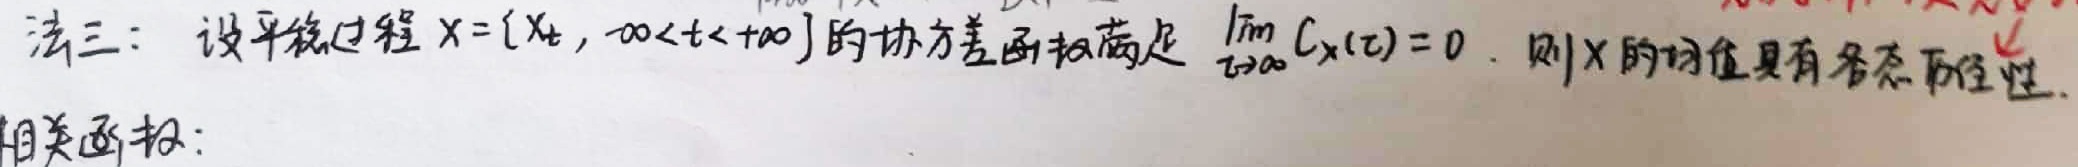
法三：设平稳过程$X = \{X_t, -\infty < t < +\infty\}$的协方差函数满足$\lim\limits_{\tau \to \infty} C_X(\tau) = 0$. 则$X$的均值具有各态历经性.
相关函数：